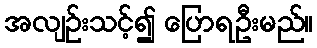
အလျဉ်းသင့်၍ ပြောရဦးမည်။